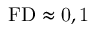
\mathrm { F D \approx 0 , 1 }